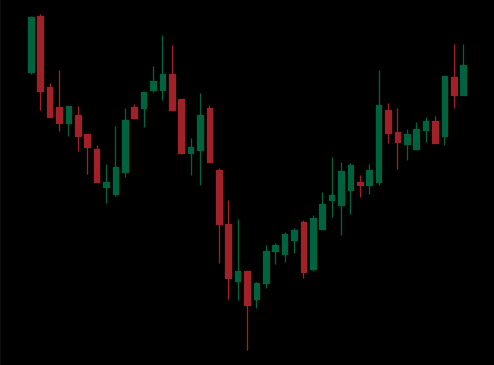
Pattern: inverse_head_shoulders